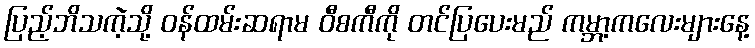
ပြည့်ဘိသကဲ့သို့ ဝန်ထမ်းဆရာမ ဝီစကီကို တင်ပြပေးမည် ကမ္ဘာ့ကလေးများနေ့